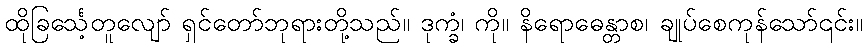
ထိုခြင်္သေ့တူလျော် ရှင်တော်ဘုရားတို့သည်။ ဒုက္ခံ၊ ကို။ နိရောဓေန္တာစ၊ ချုပ်စေကုန်သော်၎င်း။